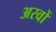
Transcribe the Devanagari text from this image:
अरवों